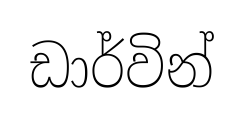
ඩාර්වින්